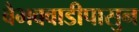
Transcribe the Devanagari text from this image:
वैभववाडीपासुन